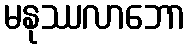
မနုဿလာဘော